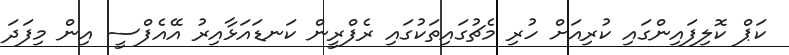
ކަޕް ކޮލިފައިންގައި ކުރިއަށް ހުރި މެޗުގައިތަކުގައި ރެފްރީން ކަނޑައަޅާއިރު އޭއެފްސީ އިން މިފަދަ